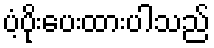
ပံ့ပိုးပေးထားပါသည်